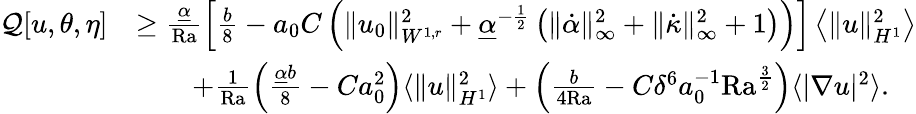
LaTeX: \begin{array}{rl}{\mathcal{Q}[u,\theta,\eta]}&{\geq\frac{\underline{{\alpha}}}{\mathrm{{Ra}}}\left[\frac{b}{8}-a_{0}C\left(\| u_{0}\| _{W^{1,r}}^{2}+\underline{{\alpha}}^{-\frac{1}{2}}\left(\| \dot{\alpha}\| _{\infty}^{2}+\| \dot{\kappa}\| _{\infty}^{2}+1\right)\right)\right]\left\langle\| u\| _{H^{1}}^{2}\right\rangle}\\ &{\qquad+\frac{1}{{\mathrm{Ra}}}\left(\frac{\underline{{\alpha}}b}{8}-Ca_{0}^{2}\right)\langle\| u\| _{H^{1}}^{2}\rangle+\left(\frac{b}{4\mathrm{{Ra}}}-C\delta^{6}a_{0}^{-1}{\mathrm{Ra}}^{\frac{3}{2}}\right)\langle|\nabla u|^{2}\rangle.}\end{array}